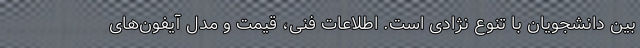
بین دانشجویان با تنوع نژادی است. اطلاعات فنی، قیمت و مدل آیفون‌های